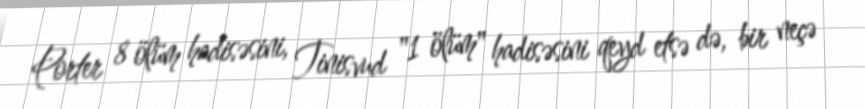
Porter 8 ölüm hadisəsini, Tinisvud "1 ölüm" hadisəsini qeyd etsə də, bir neçə